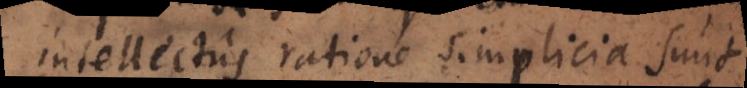
intellectus ratione simplicia sunt